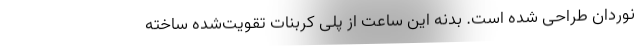
نوردان طراحی شده است. بدنه این ساعت از پلی کربنات تقویت‌شده ساخته